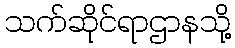
သက်ဆိုင်ရာဌာနသို့